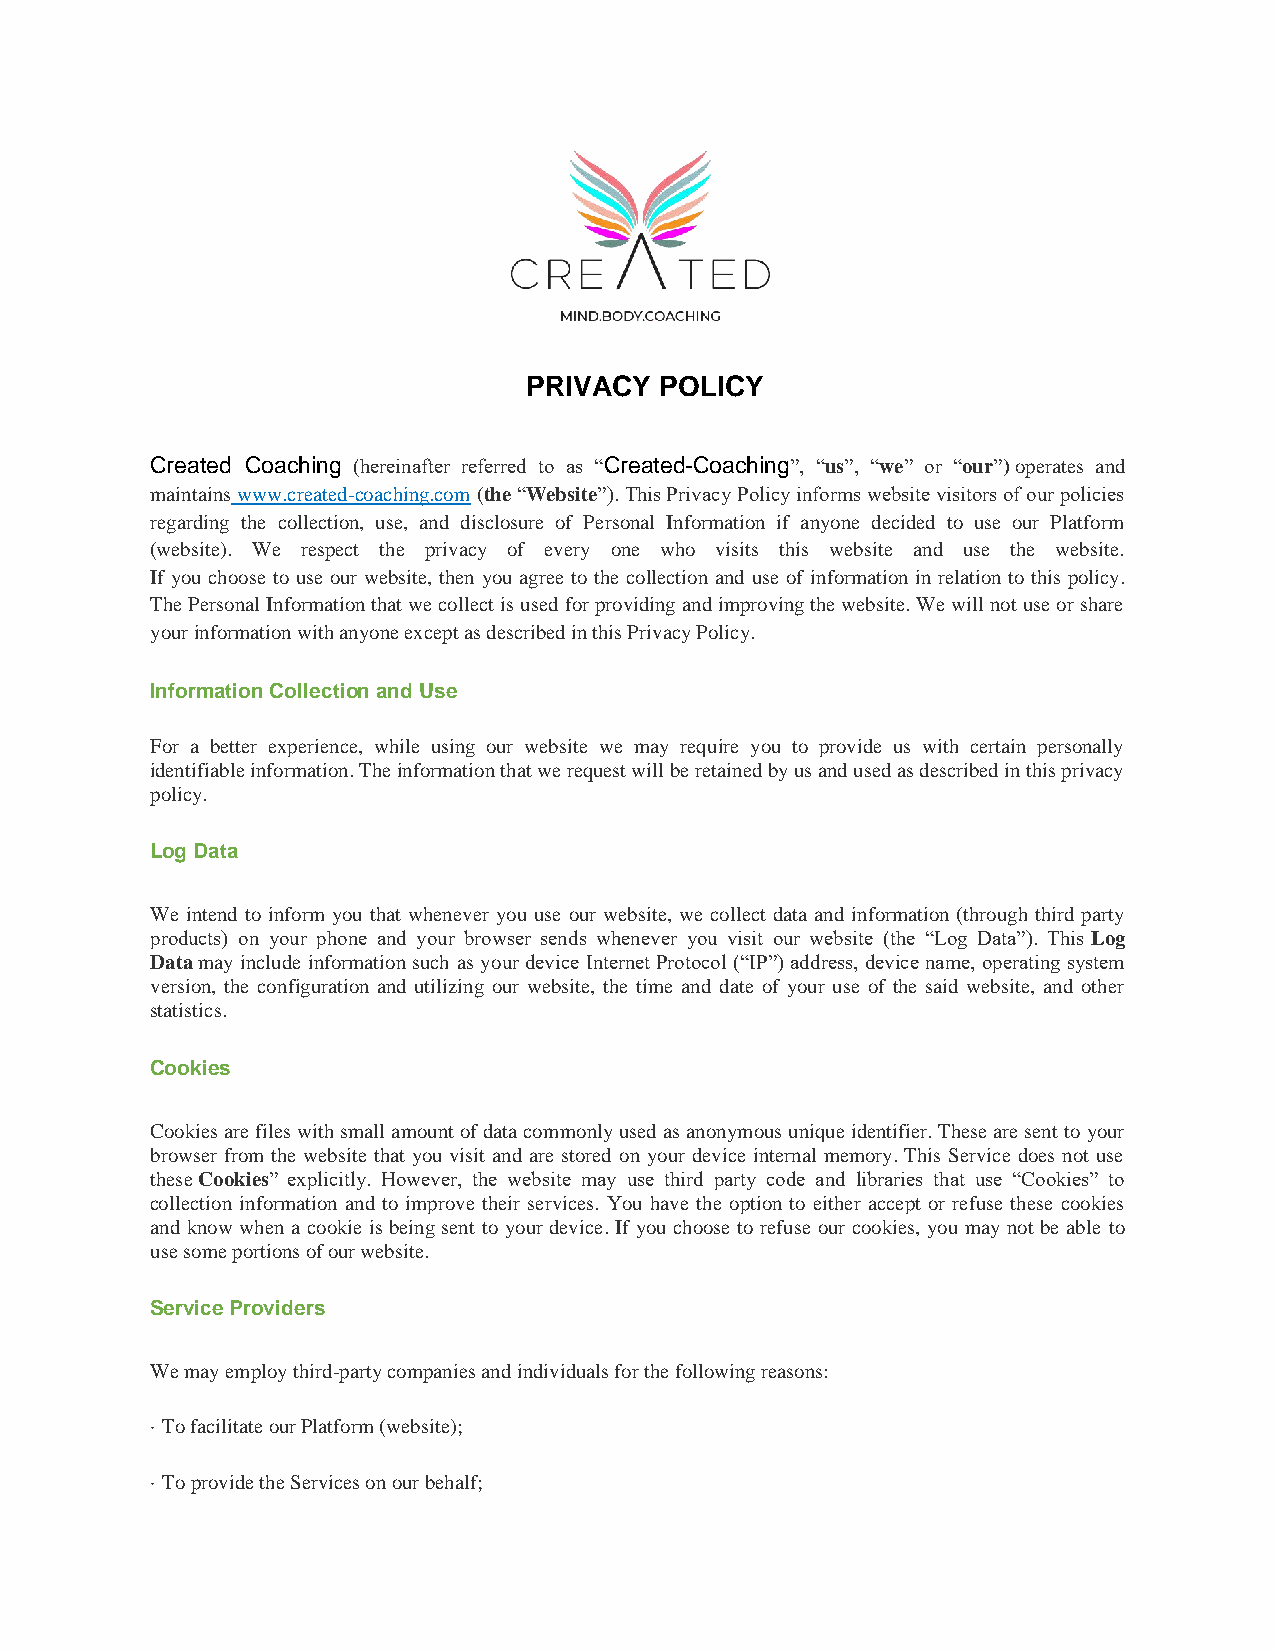
PRIVACY  POLICY
 Created Coaching (hereinafter referred to as “Created-Coaching”, “us”, “we” or “our”) operates and
 maintains www.created-coaching.com (the “Website”). This Privacy Policy informs website visitors of our policies
 regarding the collection, use, and disclosure of Personal Information if anyone decided to use our Platform
 (website). We respect the privacy of every one who visits this website and use the website.
 If you choose to use our website, then you agree to the collection and use of information in relation to this policy.
 The Personal Information that we collect is used for providing and improving the website. We will not use or share
 your information with anyone except as described in this Privacy Policy.
 Information Collection and Use
 For a better experience, while using our website we may require you to provide us with certain personally
 identifiable information. The information that we request will be retained by us and used as described in this privacy
 policy.
 Log Data
 We intend to inform you that whenever you use our website, we collect data and information (through third party
 products) on your phone and your browser sends whenever you visit our website (the “Log Data”). This Log
 Data may include information such as your device Internet Protocol (“IP”) address, device name, operating system
 version, the configuration and utilizing our website, the time and date of your use of the said website, and other
 statistics.
 Cookies
 Cookies are files with small amount of data commonly used as anonymous unique identifier. These are sent to your
 browser from the website that you visit and are stored on your device internal memory. This Service does not use
 these Cookies” explicitly. However, the website may use third party code and libraries that use “Cookies” to
 collection information and to improve their services. You have the option to either accept or refuse these cookies
 and know when a cookie is being sent to your device. If you choose to refuse our cookies, you may not be able to
 use some portions of our website.
 Service Providers
 We may employ third-party companies and individuals for the following reasons:
 · To facilitate our Platform (website);
 · To provide the Services on our behalf;